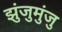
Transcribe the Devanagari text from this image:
झुंजुमुंजु